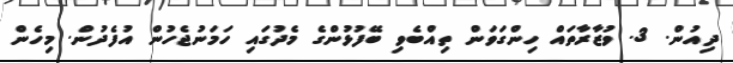
ދިއުން. 3. ވުޒާރާތައް ހިންގަވަން ތިއްބެވި ބޭފުޅުންގެ މެދުގައި ހަމަނުޖެހުން އުފެދުން. މިހެން